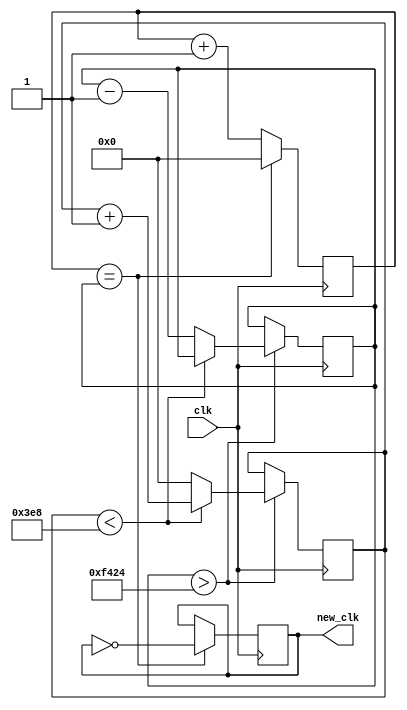
module clock_divider_module(
	 output reg new_clk,
    input clk
    
    );
    
    // The constant that defines the clock speed. 
    // define_speed = 50MHz/(2*desired_clock_frequency)
		reg [20:0] define_speed = 20'd125000;
		reg [20:0] count;
		reg [20:0] count2;
		
    
		always @ (posedge(clk))
			begin
				if(count == define_speed)
					begin
						count <= 20'b0;
						new_clk = ~new_clk;
					end      
				else
					begin
						count <= count + 1'b1;
						new_clk = new_clk;
					end
				
				
				
				if(define_speed > 62500)
					begin
						if(count2 < 1000)
							begin
								count2 <= count2 + 1;
							end
						else
							begin
								define_speed <= define_speed - 1;
								count2 <= 25'b0;
							end
				end
			end

		
		
			
endmodule